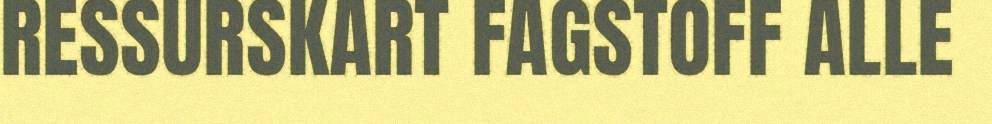
RESSURSKART FAGSTOFF ALLE